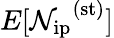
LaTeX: E[{\mathcal{N}_{\mathrm{{ip}}}}^{\mathrm{{(st)}}}]